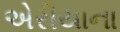
એરીયાના